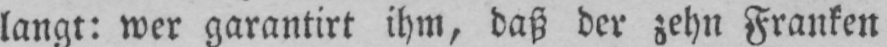
langt: wer garantirt ihm, daß der zehn Franken